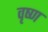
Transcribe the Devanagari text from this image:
वृष्ण